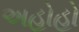
અહોહો